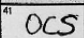
Transcription: OCS